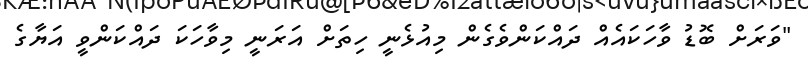
"ވަރަށް ބޮޑު ވާހަކައެއް ދައްކަންވެގެން މިއުޅެނީ ހިތަށް އަރަނީ މިވާހަކަ ދައްކަންވީ އަޔާގެ